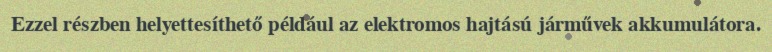
Ezzel részben helyettesíthető például az elektromos hajtású járművek akkumulátora.